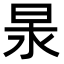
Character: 𭥢